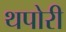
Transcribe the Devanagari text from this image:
थपोरी